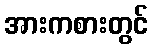
အားကစားတွင်